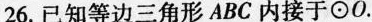
26.一只等边三角形ABC内接于\odot O.